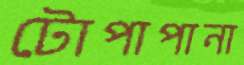
টোপাপানা